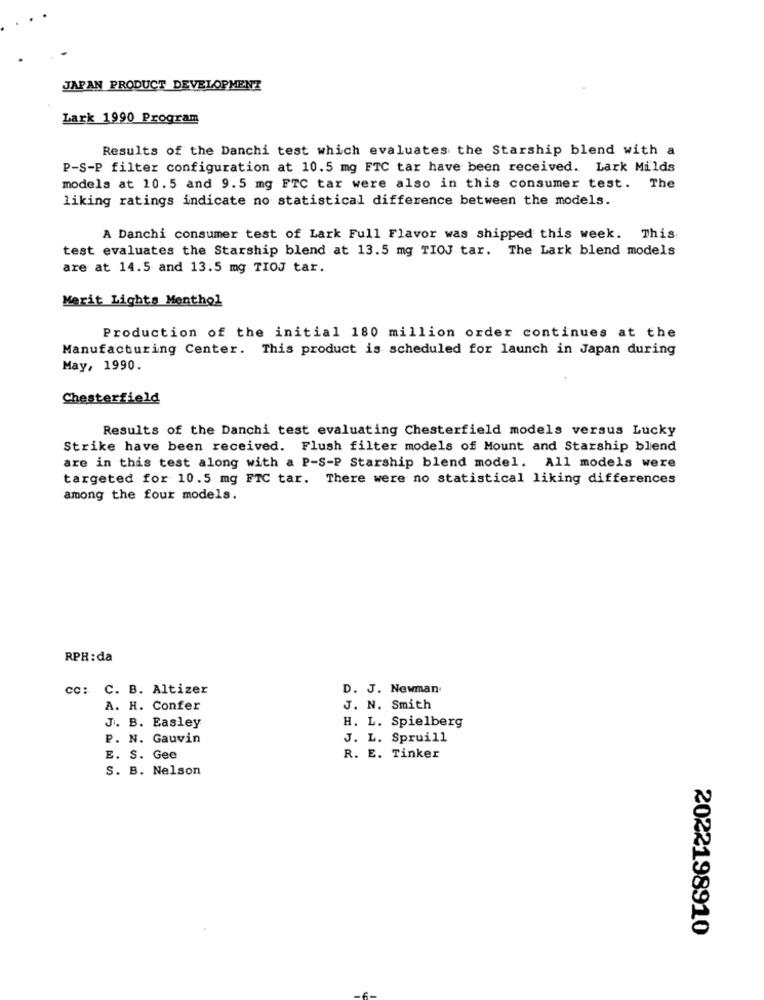
JAPAN PRODUCT DEVELOPMENT
Lark 1990 Program
Results of the Danchi test which evaluates the Starship blend with a
P-S-P filter configuration at 10.5 mg FTC tar have been received. Lark Milds
models at 10.5 and 9.5 mg FTC tar were also in this consumer test. The
liking ratings indicate no statistical difference between the models.
A Danchi consumer test of Lark Full Flavor was shipped this week. This.
test evaluates the Starship blend at 13.5 mg TIOJ tar. The Lark blend models
are at 14.5 and 13.5 mg TIOJ tar.
Merit Lights Menthol
Production of the initial 180 million order continues at the
Manufacturing Center. This product is scheduled for launch in Japan during
May, 1990.
Chesterfield
Results of the Danchi test evaluating Chesterfield models versus Lucky
Strike have been received. Flush filter models of Mount and Starship blend
are in this test along with a P-S-P Starship blend model. All models were
targeted for 10.5 mg FTC tar. There were no statistical liking differences
among the four models.
RPH: da
cc: C. B. Altizer
D. J. Newman
A. H. Confer
J. N. Smith
H. L. Spielberg
J. B. Easley
P. N. Gauvin
J. L. Spruill
E. S. Gee
R. E. Tinker
S. B. Nelson
2022198910